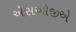
એસઓજીએ